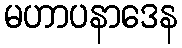
မဟာပနာဒေန